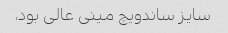
سایز ساندویچ مینی عالی بود،